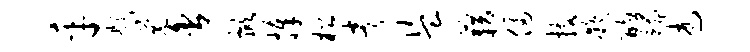
乎题觉舍掀捧松央盗藉侵技凝酌端述